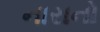
નારાનો